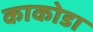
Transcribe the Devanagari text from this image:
काकोडा